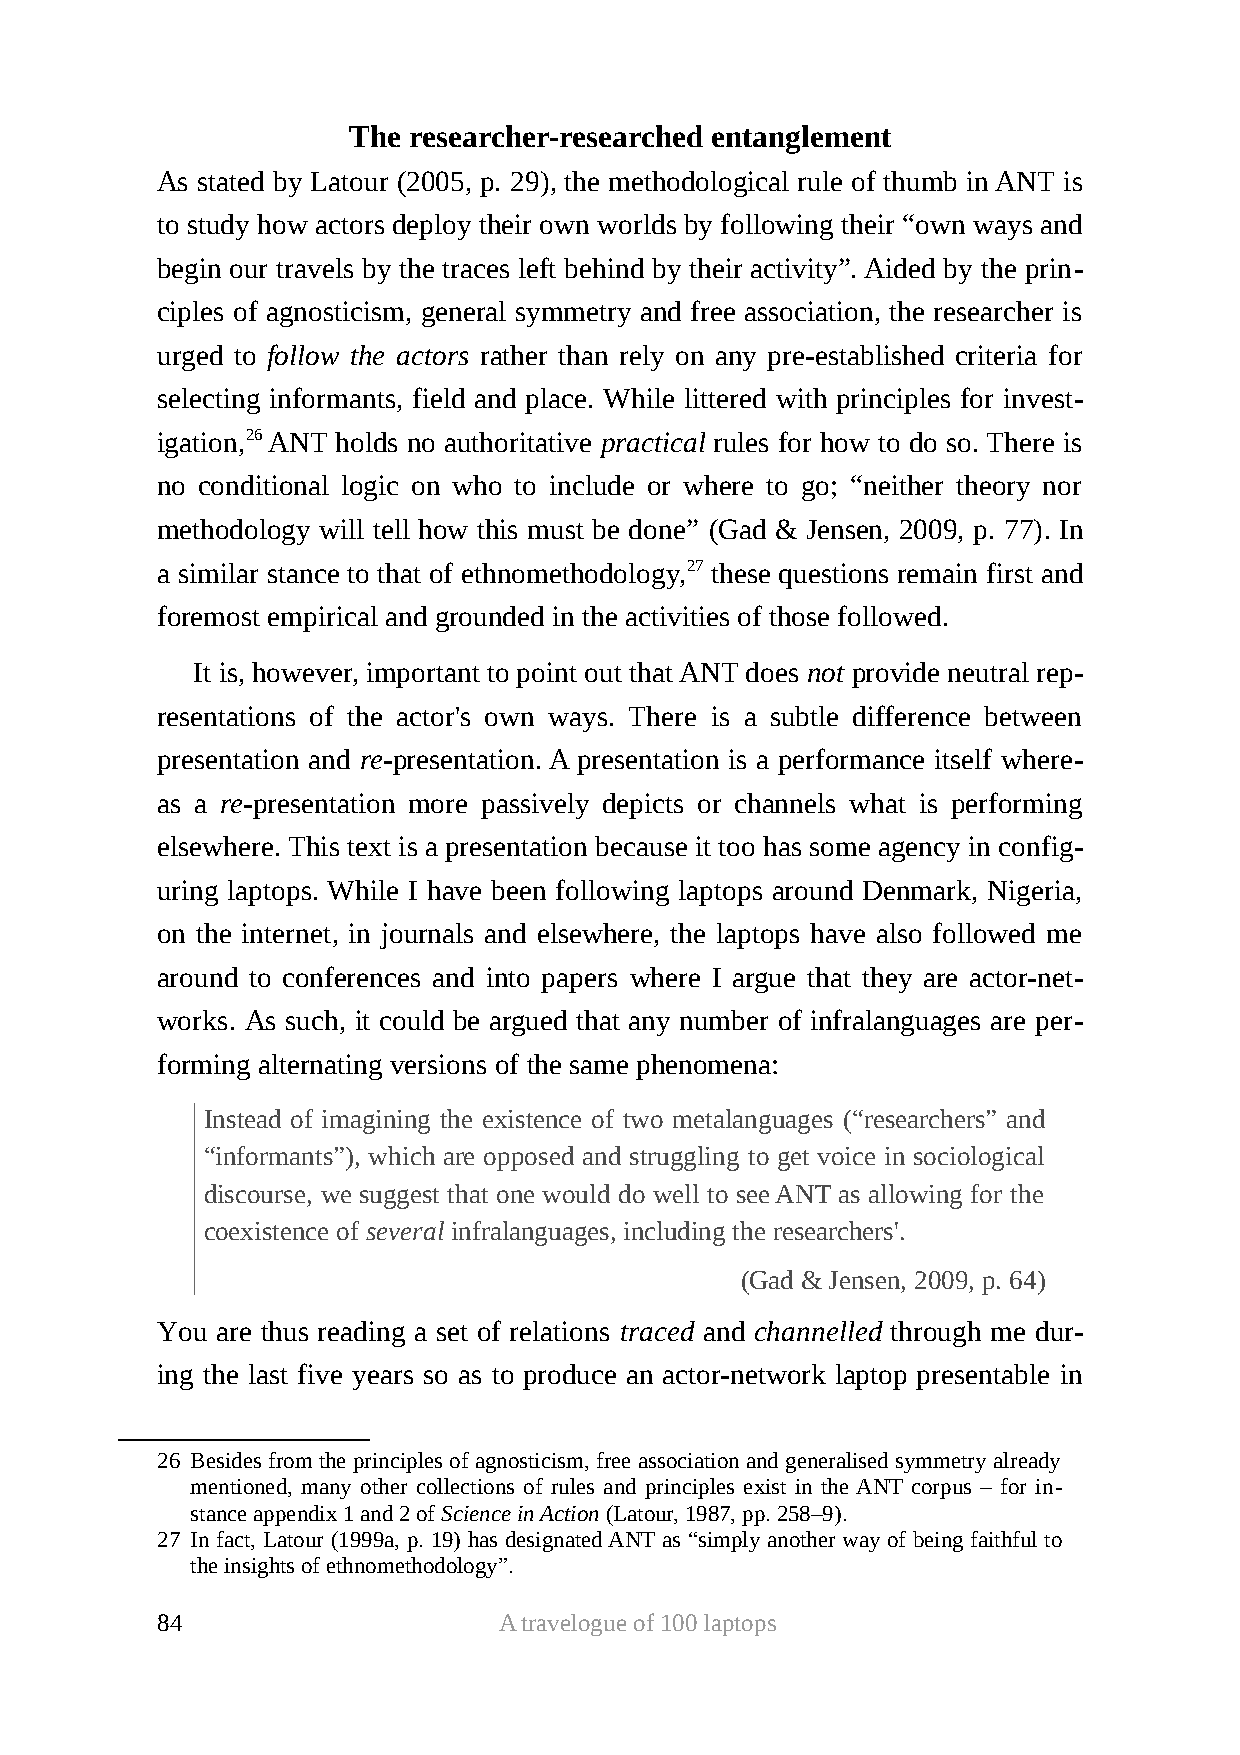
The researcher-researched entanglement
 As stated by Latour (2005, p. 29), the methodological rule of thumb in ANT is
 to study how actors deploy their own worlds by following their “own ways and
 begin our travels by the traces left behind by their activity”. Aided by the prin-
 ciples of agnosticism, general symmetry and free association, the researcher is
 urged to follow the actors rather than rely on any pre-established criteria for
 selecting informants, field and place. While littered with principles for invest-
 igation,26 ANT holds no authoritative practical rules for how to do so. There is
 no conditional logic on who to include or where to go; “neither theory nor
 methodology will tell how this must be done” (Gad & Jensen, 2009, p. 77). In
 a similar stance to that of ethnomethodology,27 these questions remain first and
 foremost empirical and grounded in the activities of those followed.
 It is, however, important to point out that ANT does not provide neutral rep-
 resentations of the actor's own ways. There is a subtle difference between
 presentation and re-presentation. A presentation is a performance itself where-
 as a re-presentation more passively depicts or channels what is performing
 elsewhere. This text is a presentation because it too has some agency in config-
 uring laptops. While I have been following laptops around Denmark, Nigeria,
 on the internet, in journals and elsewhere, the laptops have also followed me
 around to conferences and into papers where I argue that they are actor-net-
 works. As such, it could be argued that any number of infralanguages are per-
 forming alternating versions of the same phenomena:
 Instead of imagining the existence of two metalanguages (“researchers” and
 “informants”), which are opposed and struggling to get voice in sociological
 discourse, we suggest that one would do well to see ANT as allowing for the
 coexistence of several infralanguages, including the researchers'.
 (Gad & Jensen, 2009, p. 64)
 You are thus reading a set of relations traced and channelled through me dur-
 ing the last five years so as to produce an actor-network laptop presentable in
 26 Besides from the principles of agnosticism, free association and generalised symmetry already
 mentioned, many other collections of rules and principles exist in the ANT corpus – for in-
 stance appendix 1 and 2 of Science in Action (Latour, 1987, pp. 258–9).
 27 In fact, Latour (1999a, p. 19) has designated ANT as “simply another way of being faithful to
 the insights of ethnomethodology”.
 84                     A travelogue of 100 laptops